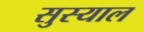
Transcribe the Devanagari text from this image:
सुस्याल